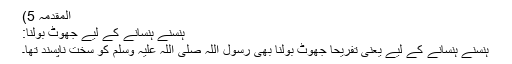
المقدمہ 5)
ہنسنے ہنسانے کے لیے جھوٹ بولنا:
ہنسنے ہنسانے کے لیے یعنی تفریحاََ جھوٹ بولنا بھی رسول اللہ صلی اللہ علیہ وسلم کو سخت ناپسند تھا۔